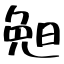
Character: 𣆶